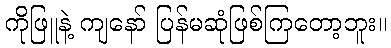
ကိုဖြူနဲ့ ကျနော် ပြန်မဆုံဖြစ်ကြတော့ဘူး။